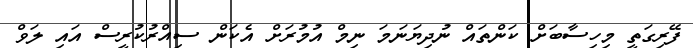
ފޭރިގަތީ މިހިސާބަށް ކަންތައް ނުދިޔަނަމަ ނިމް އުމުރަށް އެކަން ސިއްރުކުރީސް އައި ލަވް